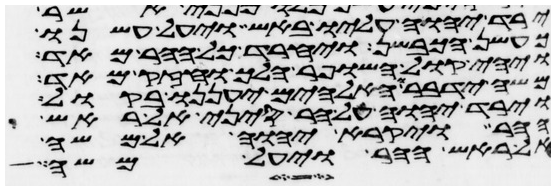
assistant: ירד יהוה עליו באש ויעל עשנו
כעשן הכבשן ויחרד כל ההר מאד
ויהי קול השופר הלך וחזק מאד
משה ידבר והאלהים יעננו בקול
וירד יהוה על הר סיני אל ראש
ההר ויקרא יהוה אל משה
אל ראש ההר ויעל משה